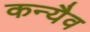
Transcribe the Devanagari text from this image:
कन्यैव